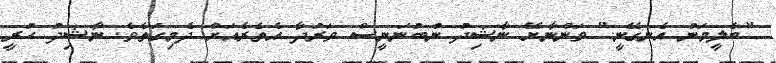
"ބެލީމަނު އެނގޭނީ." ވަންނާށޭ ނާޝިދު ނުބުނަނީސް ވަރުދާ އެތެރެއަށް ދެމިގަތެވެ. ނާޝިދު ހުރީ